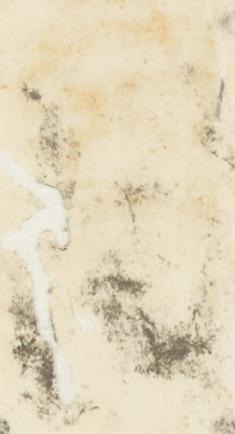
目